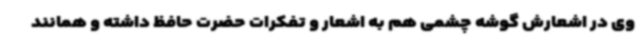
وی در اشعارش گوشه چشمی هم به اشعار و تفکرات حضرت حافظ داشته و همانند